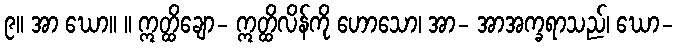
၉။ အာ ဃော။ ။ ဣတ္ထိချော- ဣတ္ထိလိန်ကို ဟောသော၊ အာ- အာအက္ခရာသည်၊ ဃော-